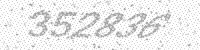
Solution: 352836